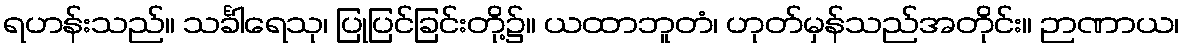
ရဟန်းသည်။ သင်္ခါရေသု၊ ပြုပြင်ခြင်းတို့၌။ ယထာဘူတံ၊ ဟုတ်မှန်သည်အတိုင်း။ ဉာဏာယ၊